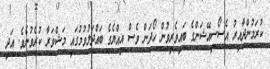
ކުރަމުންދާއިރު އެސޯސިއޭޝަންގެ ބައިވެރިވުން ހޯދަން ވެސް އިއްޔެގެ ބައްދަލުވުމުގައި މަޝްވަރާ ކުރެވުނެވެ. އަދި